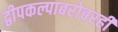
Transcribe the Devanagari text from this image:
द्वीपकल्पाबरोबरही